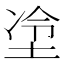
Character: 𫭶